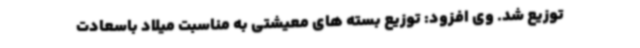
توزیع شد. وی افزود: توزیع بسته های معیشتی به مناسبت میلاد باسعادت